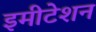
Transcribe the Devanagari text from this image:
इमीटेशन